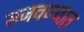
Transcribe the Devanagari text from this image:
सजवण्यात